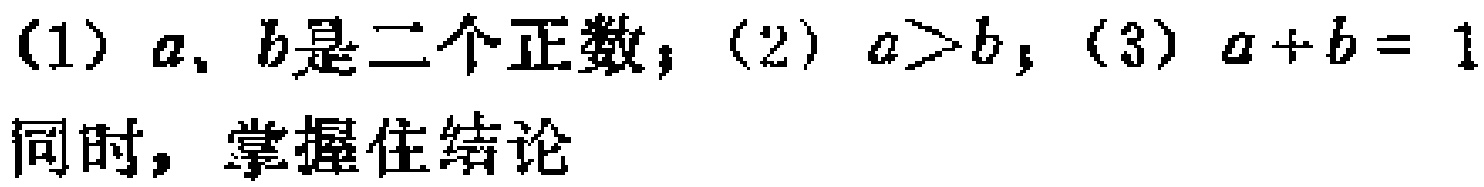
(1) \(a\)、\(b\)是二个正数；(2) \(a > b\)；(3) \(a + b = 1\) 同时，掌握住结论